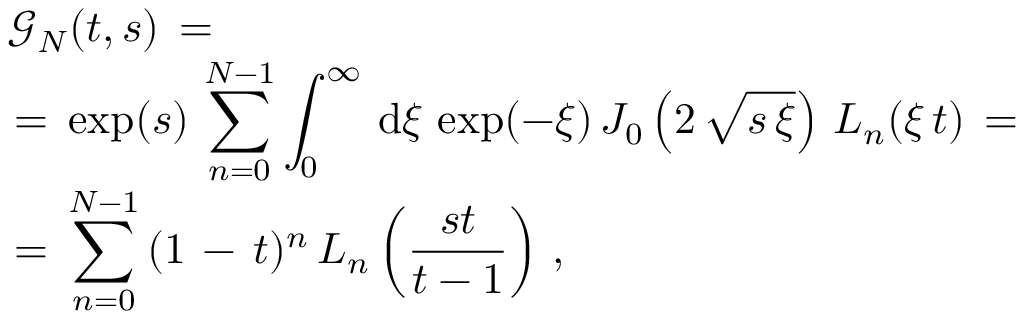
\begin{array} { l } { \displaystyle \mathcal { G } _ { N } ( t , s ) \, = \, } \\ { \, = \, \displaystyle \exp ( s ) \, \sum _ { n = 0 } ^ { N - 1 } \int _ { 0 } ^ { \infty } \, \mathrm { d } \xi \, \exp ( - \xi ) \, J _ { 0 } \left( 2 \, \sqrt { s \, \xi } \right) \, L _ { n } ( \xi \, { t } ) \, = \, } \\ { \, = \, \displaystyle \sum _ { n = 0 } ^ { N - 1 } \, ( 1 \, - \, t ) ^ { n } \, L _ { n } \left( \frac { s t } { t - 1 } \right) \, , } \end{array}